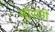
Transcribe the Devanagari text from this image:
मोस्ली